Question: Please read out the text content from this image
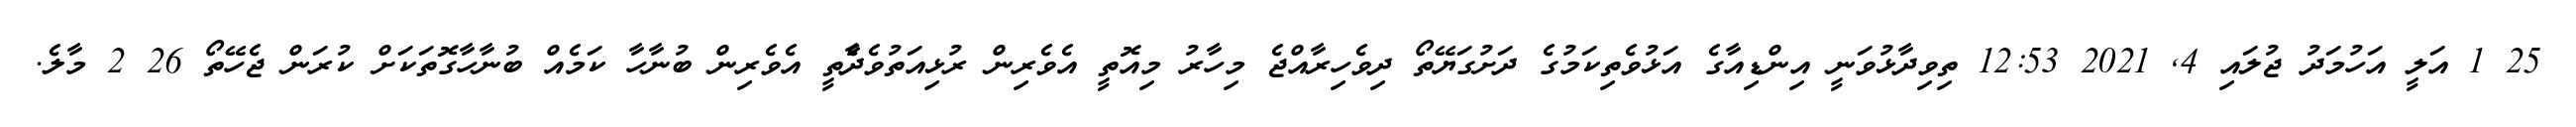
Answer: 25 1 އަލީ އަހުމަދު ޖުލައި 4, 2021 12:53 ތިވިދާޅުވަނީ އިންޑިއާގެ އަޅުވެތިކަމުގެ ދަށުގަޔޭތޯ ދިވެހިރާއްޖެ މިހާރު މިއޮތީ އެވެރިން ރުޅިއަތުވެދާެތީ އެވެރިން ބުނާހާ ކަމެއް ބުނާހާގޮތަކަށް ކުރަން ޖެހޭތޯ 26 2 މާލެ.